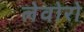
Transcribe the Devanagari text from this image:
लेवोरो